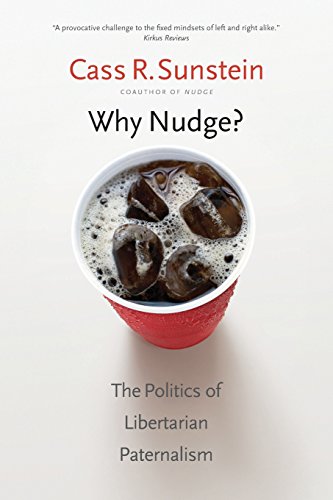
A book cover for Why Nudge?: The Politics of Libertarian Paternalism (The Storrs Lectures Series); Cass R. Sunstein; Business & Money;